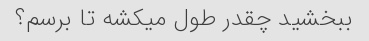
ببخشید چقدر طول میکشه تا برسم؟